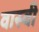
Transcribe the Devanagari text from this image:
वास्वी